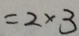
= 2 \times 3